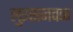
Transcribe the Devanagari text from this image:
लुइसजवळ